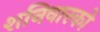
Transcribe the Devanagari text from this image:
शनिवारको